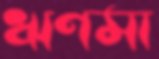
ঋণমা